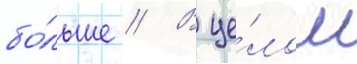
бо́льше // В це́лом